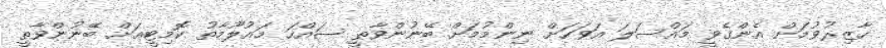
ހާޒިރުވުމަށް އެންގެވީ މައްސަލަ އަވަހަށް ނިންމުމަށް ބޭނުންވާތީ ސައްހަ މައުލޫމާތު ކޮމިޓީއަށް ބޭނުންވާތީ